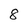
Character: 8